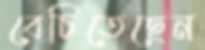
বেচিতেছেন